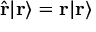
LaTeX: { \hat { \mathbf { r } } } | \mathbf { r } \rangle = \mathbf { r } | \mathbf { r } \rangle